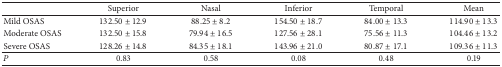
|  | Superior | Nasal | Inferior | Temporal | Mean |
 | --- | --- | --- | --- | --- | --- |
 | Mild OSAS | 132.50 ± 12.9 | 88.25 ± 8.2 | 154.50 ± 18.7 | 84.00 ± 13.3 | 114.90 ± 13.3 |
 | Moderate OSAS | 132.50 ± 15.8 | 79.94 ± 16.5 | 127.56 ± 28.1 | 75.56 ± 11.3 | 104.46 ± 13.2 |
 | Severe OSAS | 128.26 ± 14.8 | 84.35 ± 18.1 | 143.96 ± 21.0 | 80.87 ± 17.1 | 109.36 ± 11.3 |
 | P | 0.83 | 0.58 | 0.08 | 0.48 | 0.19 |